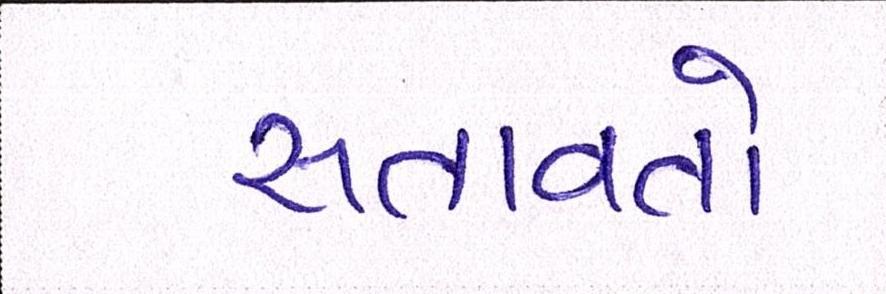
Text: સતાવતો